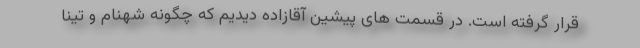
قرار گرفته است. در قسمت های پیشین آقازاده دیدیم که چگونه شهنام و تینا